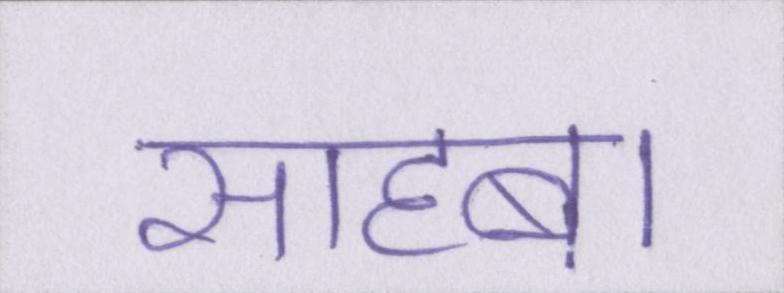
साहब।